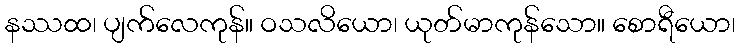
နဿထ၊ ပျက်လေကုန်။ ဝသလိယော၊ ယုတ်မာကုန်သော။ စောရီယော၊